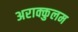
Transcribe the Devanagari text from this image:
अराक्कुलम